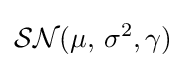
{\mathcal {SN}}(\mu ,\,\sigma ^{2},\gamma )